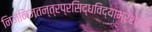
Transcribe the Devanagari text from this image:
निजनिजतन्त्रप्रसिद्धविद्याभ्रंशेऽपि